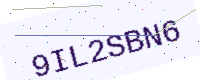
Text: 9IL2SBN6